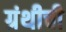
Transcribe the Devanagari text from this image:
ग्रंथीची